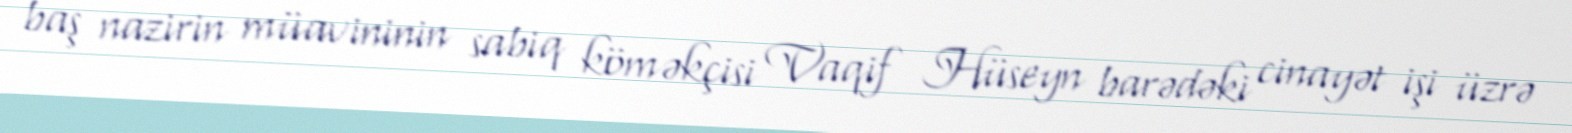
baş nazirin müavininin sabiq köməkçisi Vaqif Hüseyn barədəki cinayət işi üzrə